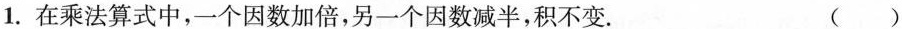
1.在乘法算式中，一个因数加倍，另一个因数减半，积不变. ( )